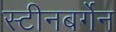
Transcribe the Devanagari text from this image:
स्टीनबर्गेन